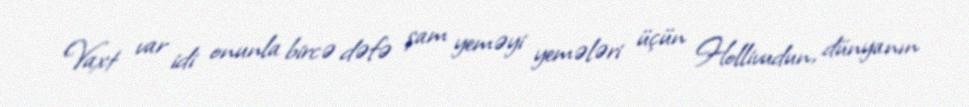
Vaxt var idi onunla bircə dəfə şam yeməyi yemələri üçün Hollivudun, dünyanın